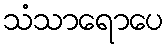
သံသာရောပေ